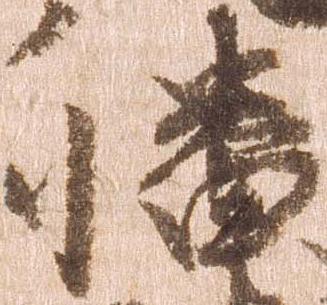
幡